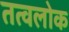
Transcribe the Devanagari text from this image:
तत्वलोक